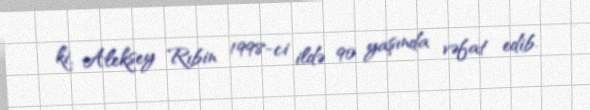
ki, Aleksey Rıbin 1998-ci ildə 90 yaşında vəfat edib.